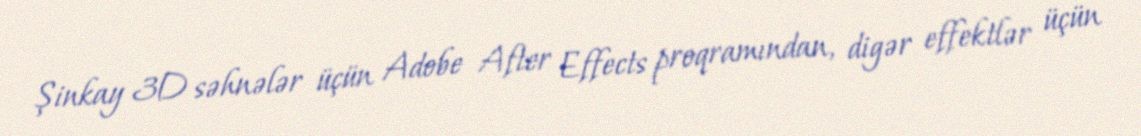
Şinkay 3D səhnələr üçün Adobe After Effects proqramından, digər effektlər üçün